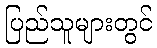
ပြည်သူများတွင်